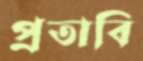
প্রতাবি